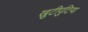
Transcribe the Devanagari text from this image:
खुटीपुटिया